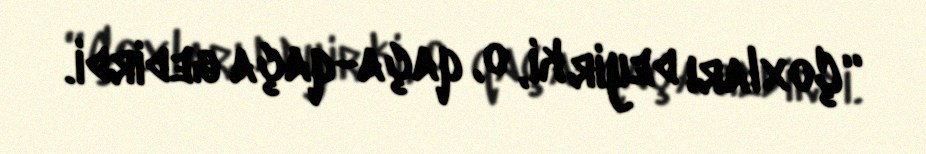
“Çoxları deyir ki, o, qaça-qaça gedirdi.